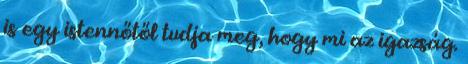
is egy istennőtől tudja meg, hogy mi az igazság.